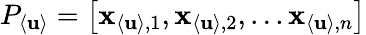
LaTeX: P_{\langle\mathbf{u}\rangle}=\left[\mathbf{{x}}_{\langle\mathbf{u}\rangle,1},\mathbf{{x}}_{\langle\mathbf{u}\rangle,2},...\mathbf{{x}}_{\langle\mathbf{u}\rangle,n}\right]